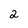
Character: 2